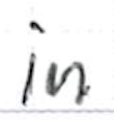
Text: in
Cross-out: clean
Writing tool: ballpoint